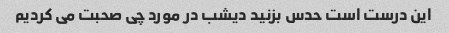
این درست است حدس بزنید دیشب در مورد چی صحبت می کردیم